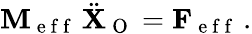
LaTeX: \mathbf{M}_{\mathrm{~e~f~f~}}\, \ddot{\mathbf{X}}_{\mathrm{~O~}}=\mathbf{F}_{\mathrm{~e~f~f~}}\, .